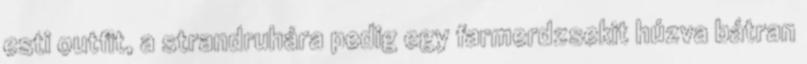
esti outfit, a strandruhára pedig egy farmerdzsekit húzva bátran